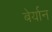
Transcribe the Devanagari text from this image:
बेर्यान